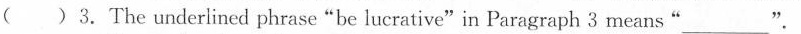
( )3.The underlined phrase"be lucrative"in Paragraph 3 means "___"